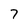
Character: 7